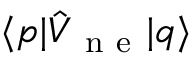
\langle p \vert \hat { V } _ { \mathrm { ~ n ~ e ~ } } \vert q \rangle